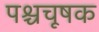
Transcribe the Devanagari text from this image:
पश्चचूषक